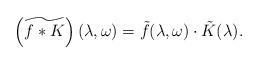
LaTeX: \begin{align*} \left(\widetilde{f \ast K}\right) (\lambda, \omega) = \tilde{f} (\lambda, \omega) \cdot \tilde{K} (\lambda).\end{align*}